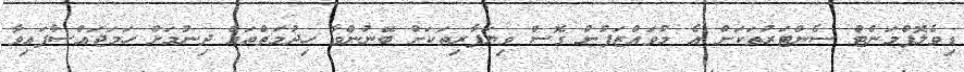
ޑިވެލޮޕްމަންޓް ސެންޓަރުތަކަށް އެ މުވައްޒަފުން ގޮސް ވިޔަފާރިތަކަށް ބޭނުންވާ ހިދުމަތްތައް ދިނުމަށް ހަމަޖައްސާފައިވާ